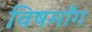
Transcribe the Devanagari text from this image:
विषमाँग